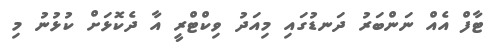
ޓާފް އެއް ނަންބަރު ދަނޑުގައި މިއަދު ވިކްޓްރީ އާ ދެކޮޅަށް ކުޅުނު މި